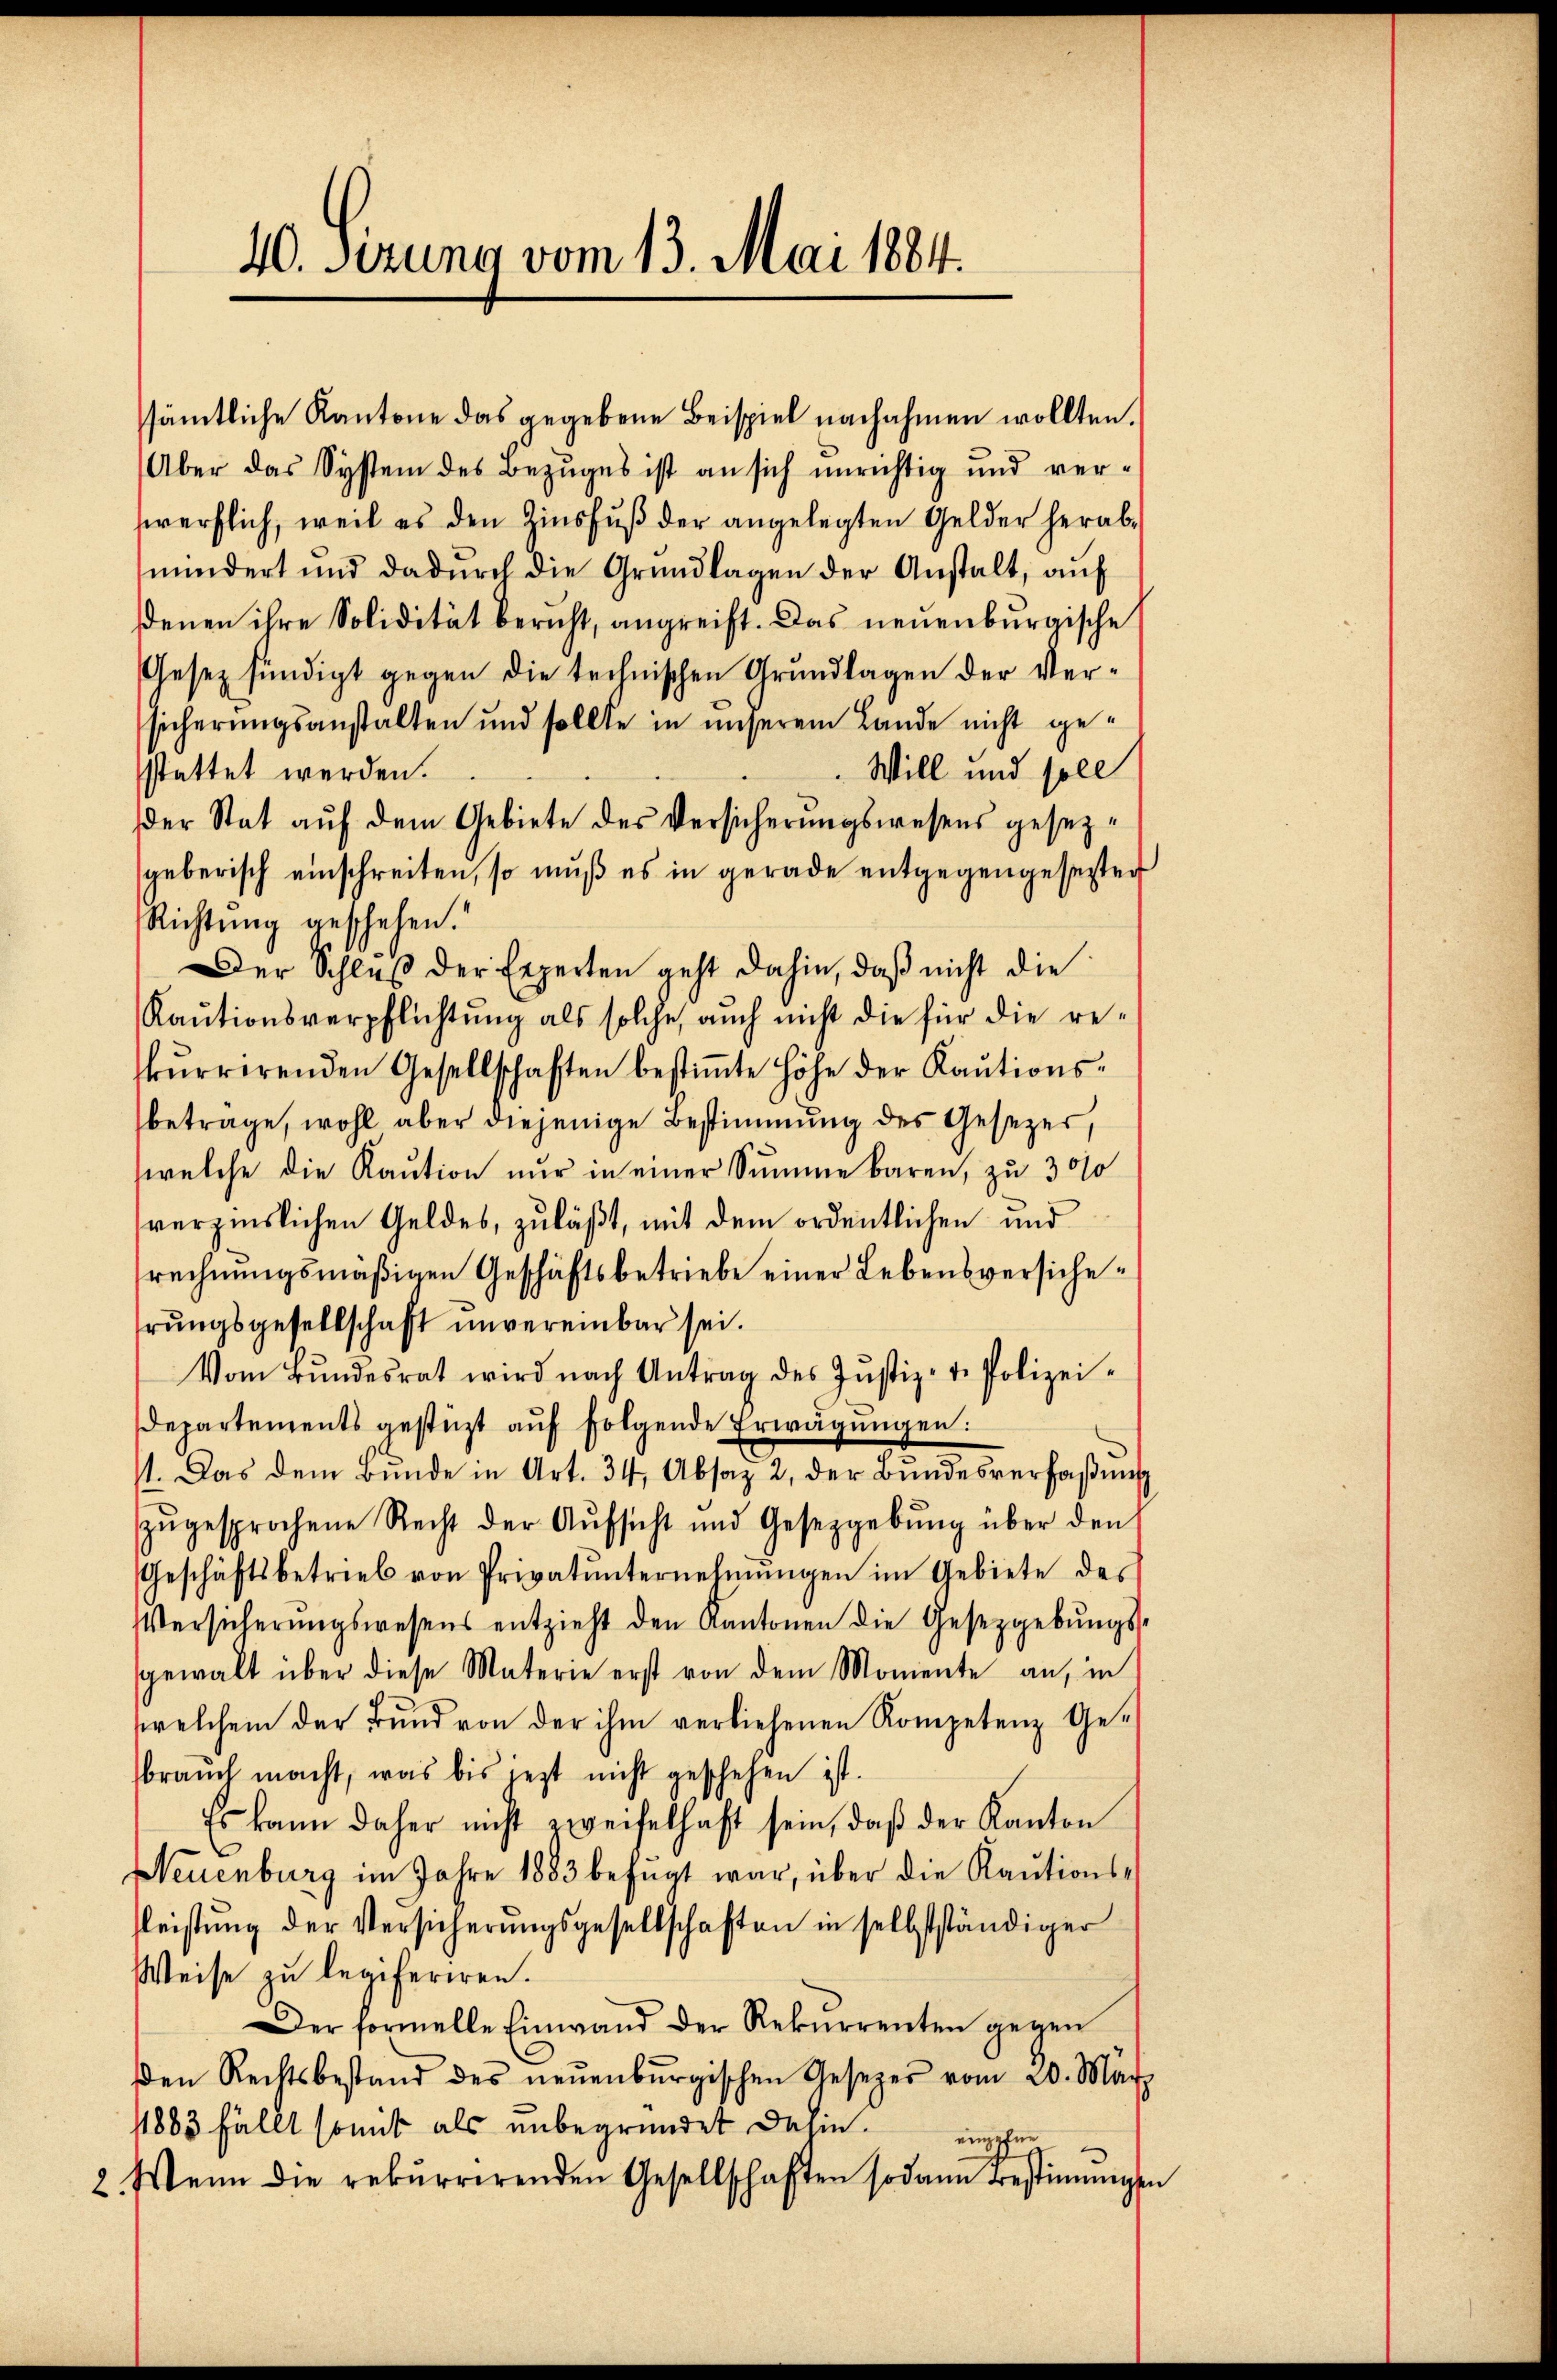
40. Serung vom 13. Mai 1884.

sämtliche Kantone das gegebene Beispiel nachahmen wollten.
Aber das System des Bezuges ist an sich unrichtig und verwerflich, weil es den Zinsfuß der angelegten Gelder herabmindert und dadŭrch die Grundlagen der Anstalt, auf
denen ihre Solidität bericht, angreift. Das neuenburgische
Gesetz fündigt gegen die technischen Grundlagen der Versicherungsanstalten und sollte in unserem Lande nicht ge¬
Will und soll
stattet werden.
Der Stat auf dem Gebiete des Versicherungswesens gesezgeberisch einschreiten, so muß es in gerade entgegengesezten
Richtung geschehen.
Der Schluß der Experten geht dahin, daß nicht die
Kaŭtionsverpflichtung als solche, auch nicht die für die re-
kŭrrirenden Gesellschaften bestiṁte Höhe der Kaŭtions-
betrage, wohl aber diejenige Bestimmung des Gesezer,
welche die Kaution nur in einer Summe baren, zu 3000
verzinslichen Geldes, zuläßt, mit dem ordentlichen und
rechnungsmäßigen Geschäftsbetriebe einer Lebensversicherŭngsgesellschaft unvereinbar sei.
Vom Bŭndesrat wird nach Antrag des Jŭstiz- u. Polizei-
departements gestüzt aŭf folgende Erwägŭngen:
11. Das dem Bunde in Art. 34, Absaz 2, der Bundesverfaßung
zŭgesprochene Recht der Aŭfsicht und Gesetzgebŭng über den
Geschäftsbetrieb von Privatŭnternehmungen im Gebiete des
Versicherŭngswesens entzieht den Kantonen die Gesetzgebŭngs-
gewalt über diese Materie erst von dem Momente an, in
welchem der Bŭnd von der ihm verliehenen Kompetenz Ge-
braŭch macht, was bis jezt nicht geschehen ist.
Es kann daher nicht zweifelhaft sein, daβ der Kanton
Neuenburg im Jahre 1883 befŭgt war, über die Kaŭtions-
fleistŭng der Versicherŭngsgesellschaften in selbstständiger
Weise zu legiferiren.
Der formelle Einwand der Rekurrenten gegen
den Rechtsbestand des neŭenbŭrgischen Gesezes vom 20. März
1883 fällt somit als unbegründet dahin.
ngfer
2. Wenn die rekurrirenden Gesellschaften sodann bestimmigen